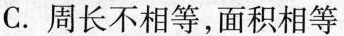
C.周长不相等，面积相等